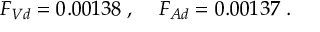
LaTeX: F _ { V d } = 0 . 0 0 1 3 8 \; , \; \; \; \; F _ { A d } = 0 . 0 0 1 3 7 \; .